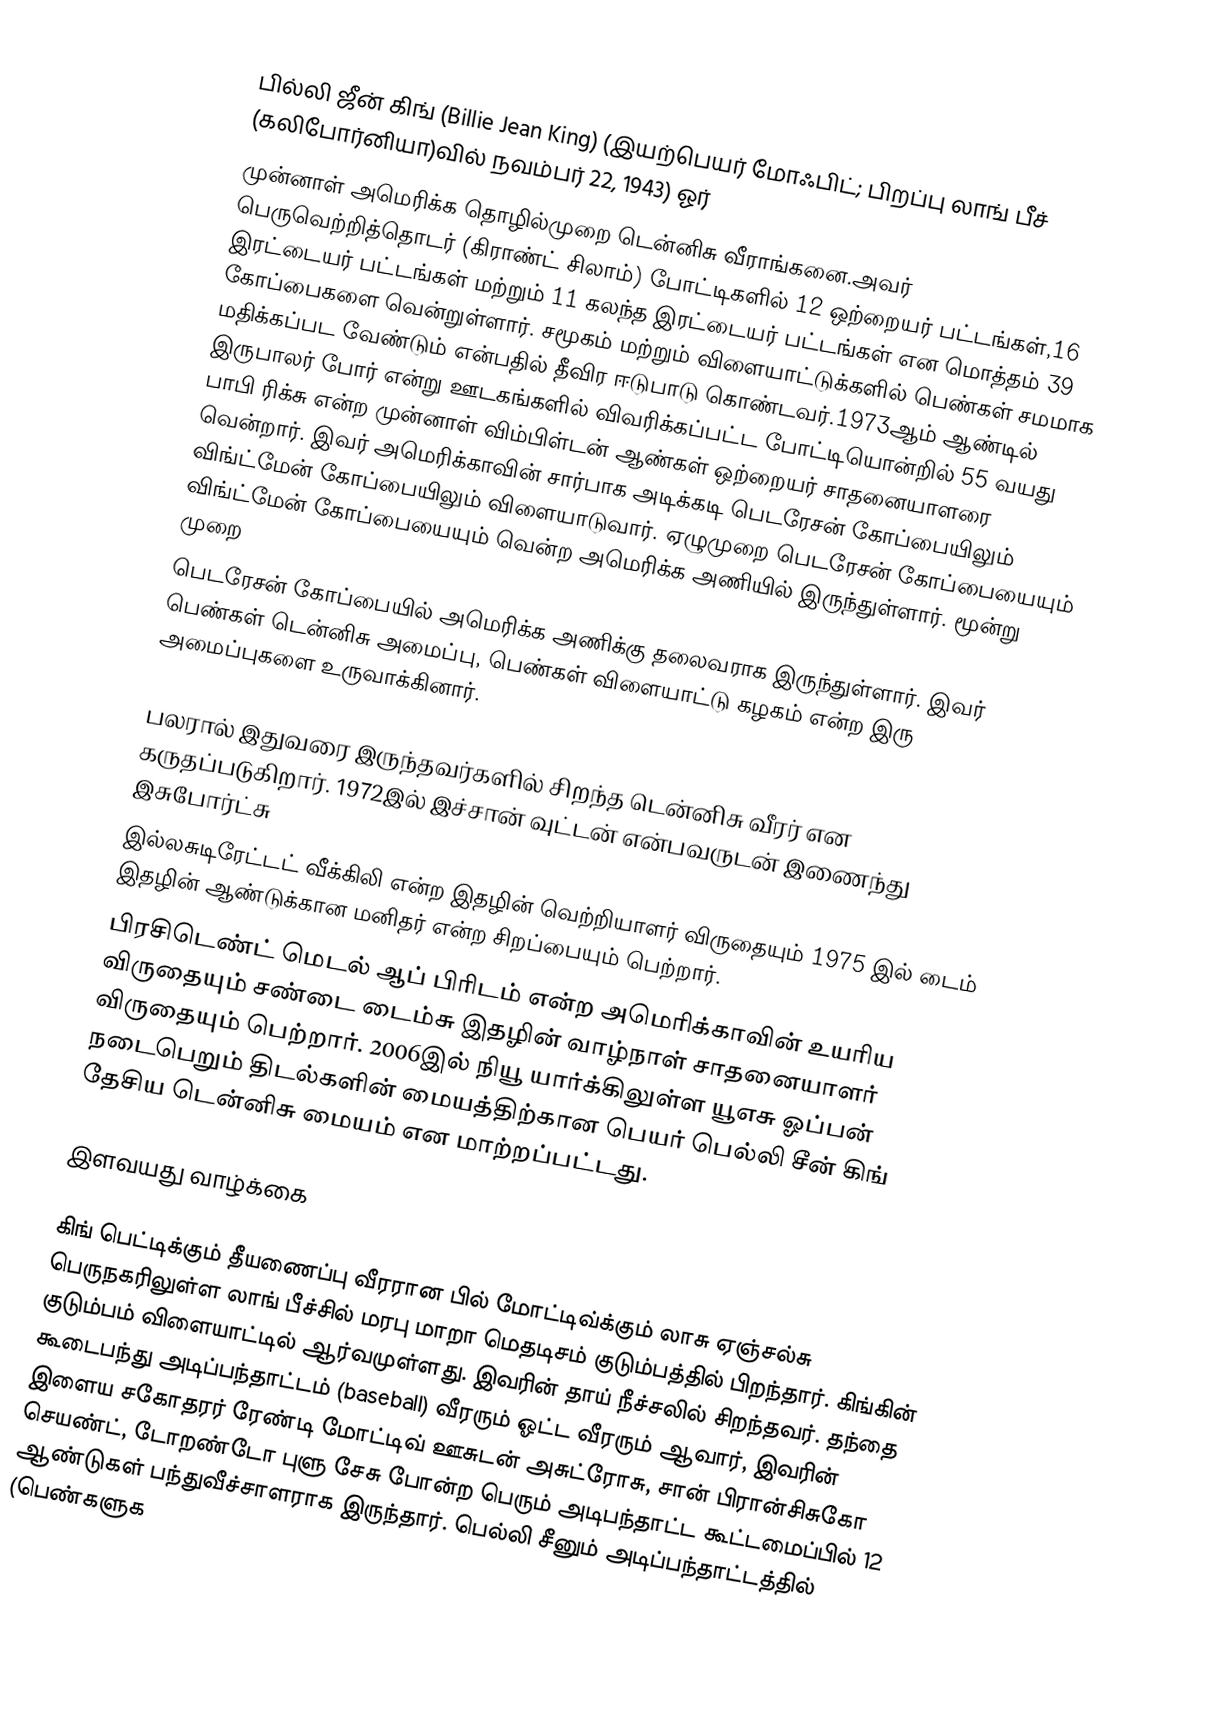
பில்லி ஜீன் கிங்  (Billie Jean King) (இயற்பெயர் மோஃபிட்; பிறப்பு  லாங் பீச் (கலிபோர்னியா)வில் நவம்பர் 22, 1943)  ஓர்
முன்னாள் அமெரிக்க தொழில்முறை டென்னிசு வீராங்கனை.அவர் பெருவெற்றித்தொடர் (கிராண்ட் சிலாம்) போட்டிகளில்  12 ஒற்றையர் பட்டங்கள்,16 இரட்டையர் பட்டங்கள் மற்றும் 11 கலந்த இரட்டையர் பட்டங்கள் என மொத்தம் 39 கோப்பைகளை வென்றுள்ளார். சமூகம் மற்றும் விளையாட்டுக்களில் பெண்கள் சமமாக மதிக்கப்பட வேண்டும் என்பதில் தீவிர ஈடுபாடு கொண்டவர்.1973ஆம் ஆண்டில் இருபாலர் போர் என்று ஊடகங்களில் விவரிக்கப்பட்ட போட்டியொன்றில் 55 வயது பாபி ரிக்சு என்ற முன்னாள் விம்பிள்டன் ஆண்கள் ஒற்றையர் சாதனையாளரை வென்றார். இவர் அமெரிக்காவின் சார்பாக அடிக்கடி பெடரேசன் கோப்பையிலும் விங்ட்மேன் கோப்பையிலும் விளையாடுவார். ஏழுமுறை பெடரேசன் கோப்பையையும் விங்ட்மேன் கோப்பையையும் வென்ற அமெரிக்க அணியில் இருந்துள்ளார். மூன்று முறை
பெடரேசன் கோப்பையில் அமெரிக்க அணிக்கு  தலைவராக இருந்துள்ளார். இவர் பெண்கள் டென்னிசு அமைப்பு, பெண்கள் விளையாட்டு கழகம் என்ற இரு அமைப்புகளை உருவாக்கினார்.

பலரால் இதுவரை இருந்தவர்களில் சிறந்த டென்னிசு வீரர் என கருதப்படுகிறார். 1972இல் இச்சான் வுட்டன் என்பவருடன் இணைந்து இசுபோர்ட்சு
இல்லசுடிரேட்டட் வீக்கிலி என்ற இதழின் வெற்றியாளர் விருதையும் 1975 இல் டைம் இதழின் ஆண்டுக்கான மனிதர் என்ற சிறப்பையும் பெற்றார்.
பிரசிடெண்ட் மெடல் ஆப் பிரிடம் என்ற அமெரிக்காவின் உயரிய விருதையும் சண்டை டைம்சு இதழின் வாழ்நாள் சாதனையாளர் விருதையும் பெற்றார். 2006இல் நியூ யார்க்கிலுள்ள யூஎசு ஓப்பன் நடைபெறும் திடல்களின் மையத்திற்கான பெயர் பெல்லி சீன் கிங் தேசிய டென்னிசு மையம் என மாற்றப்பட்டது.

இளவயது வாழ்க்கை

கிங் பெட்டிக்கும் தீயணைப்பு வீரரான பில் மோட்டிவ்க்கும் லாசு ஏஞ்சல்சு பெருநகரிலுள்ள லாங் பீச்சில் மரபு மாறா மெதடிசம் குடும்பத்தில் பிறந்தார். கிங்கின் குடும்பம் விளையாட்டில் ஆர்வமுள்ளது. இவரின் தாய் நீச்சலில் சிறந்தவர். தந்தை கூடைபந்து அடிப்பந்தாட்டம் (baseball) வீரரும் ஓட்ட வீரரும் ஆவார், இவரின் இளைய சகோதரர் ரேண்டி மோட்டிவ்  ஊசுடன் அசுட்ரோசு, சான் பிரான்சிசுகோ செயண்ட், டோறண்டோ புளு சேசு போன்ற பெரும் அடிபந்தாட்ட கூட்டமைப்பில் 12 ஆண்டுகள் பந்துவீச்சாளராக இருந்தார். பெல்லி சீனும் அடிப்பந்தாட்டத்தில் (பெண்களுக